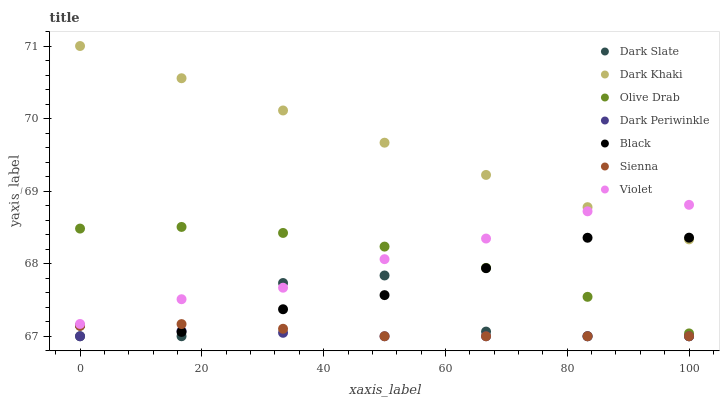
| xaxis_label | Dark Slate | Dark Khaki | Olive Drab | Dark Periwinkle | Black | Sienna | Violet |
 | --- | --- | --- | --- | --- | --- | --- | --- |
 | 0 | 67 | 71 | 68.5 | 67 | 67.1 | 67.1 | 67.2 |
 | 16.7 | 67 | 70.6 | 68.5 | 67.1 | 67.1 | 67.2 | 67.5 |
 | 33.3 | 67.7 | 70.1 | 68.4 | 67 | 67.4 | 67.1 | 67.7 |
 | 50 | 67.8 | 69.7 | 68.2 | 67 | 67.6 | 67 | 68.1 |
 | 66.7 | 67.1 | 69.2 | 67.9 | 67 | 67.9 | 67 | 68.3 |
 | 83.3 | 67 | 68.8 | 67.5 | 67 | 68.4 | 67 | 68.7 |
 | 100 | 67 | 68.3 | 67 | 67 | 68.4 | 67 | 68.8 |